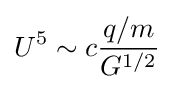
U^{5}\sim c{\frac {q/m}{G^{1/2}}}